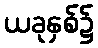
ယခုနှစ်၌